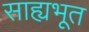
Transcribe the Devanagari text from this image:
साह्यभूत